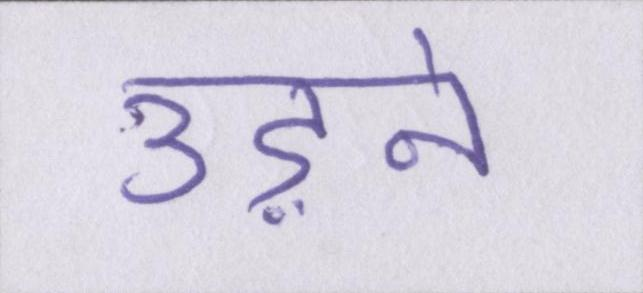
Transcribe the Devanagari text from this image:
उड़ने